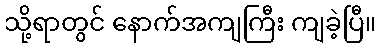
သို့ရာတွင် နောက်အကျကြီး ကျခဲ့ပြီ။